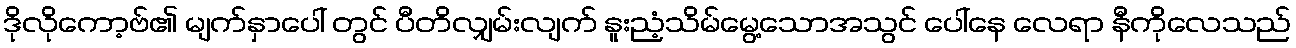
ဒိုလိုကော့ဗ်၏ မျက်နှာပေါ် တွင် ပီတိလျှမ်းလျက် နူးညံ့သိမ်မွေ့သောအသွင် ပေါ်နေ လေရာ နီကိုလေသည်